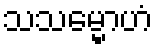
သသမ္မောဟံ